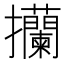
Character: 𢺤